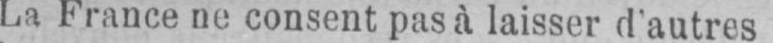
La France ne consent pas à laisser d’autres